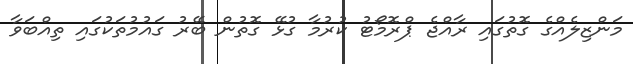
މަންޒިލެއްގެ ގޮތުގައި ރާއްޖެ ޕްރޮމޯޓު ކުރުމާ ގުޅޭ ގޮތުން ބޭރު ގައުމުތަކުގައި ތިއްބަވާ